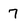
Character: 7